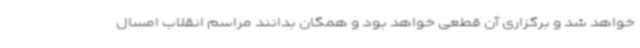
خواهد شد و برگزاری آن قطعی خواهد بود و همگان بدانند مراسم انقلاب امسال